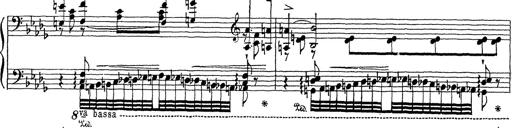
Title: Grosses Konzertsolo
Composer: Franz Liszt